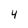
Character: 4